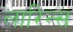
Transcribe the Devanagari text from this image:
लारिन्स